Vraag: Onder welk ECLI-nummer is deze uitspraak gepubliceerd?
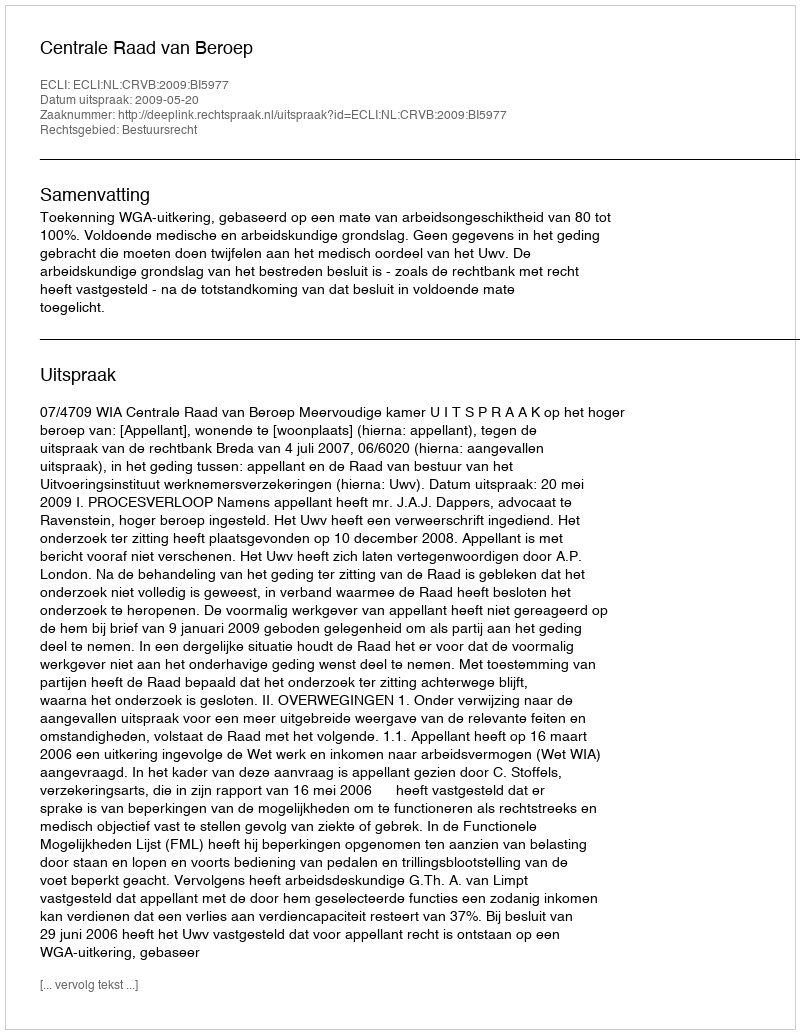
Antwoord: ECLI:NL:CRVB:2009:BI5977